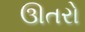
ઊતરો